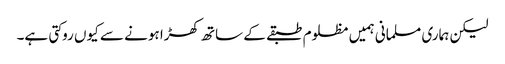
لیکن ہماری مسلمانی ہمیں مظلوم طبقے کے ساتھ کھڑا ہونے سے کیوں روکتی ہے۔